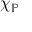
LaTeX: \chi _ { \mathbb { P } }